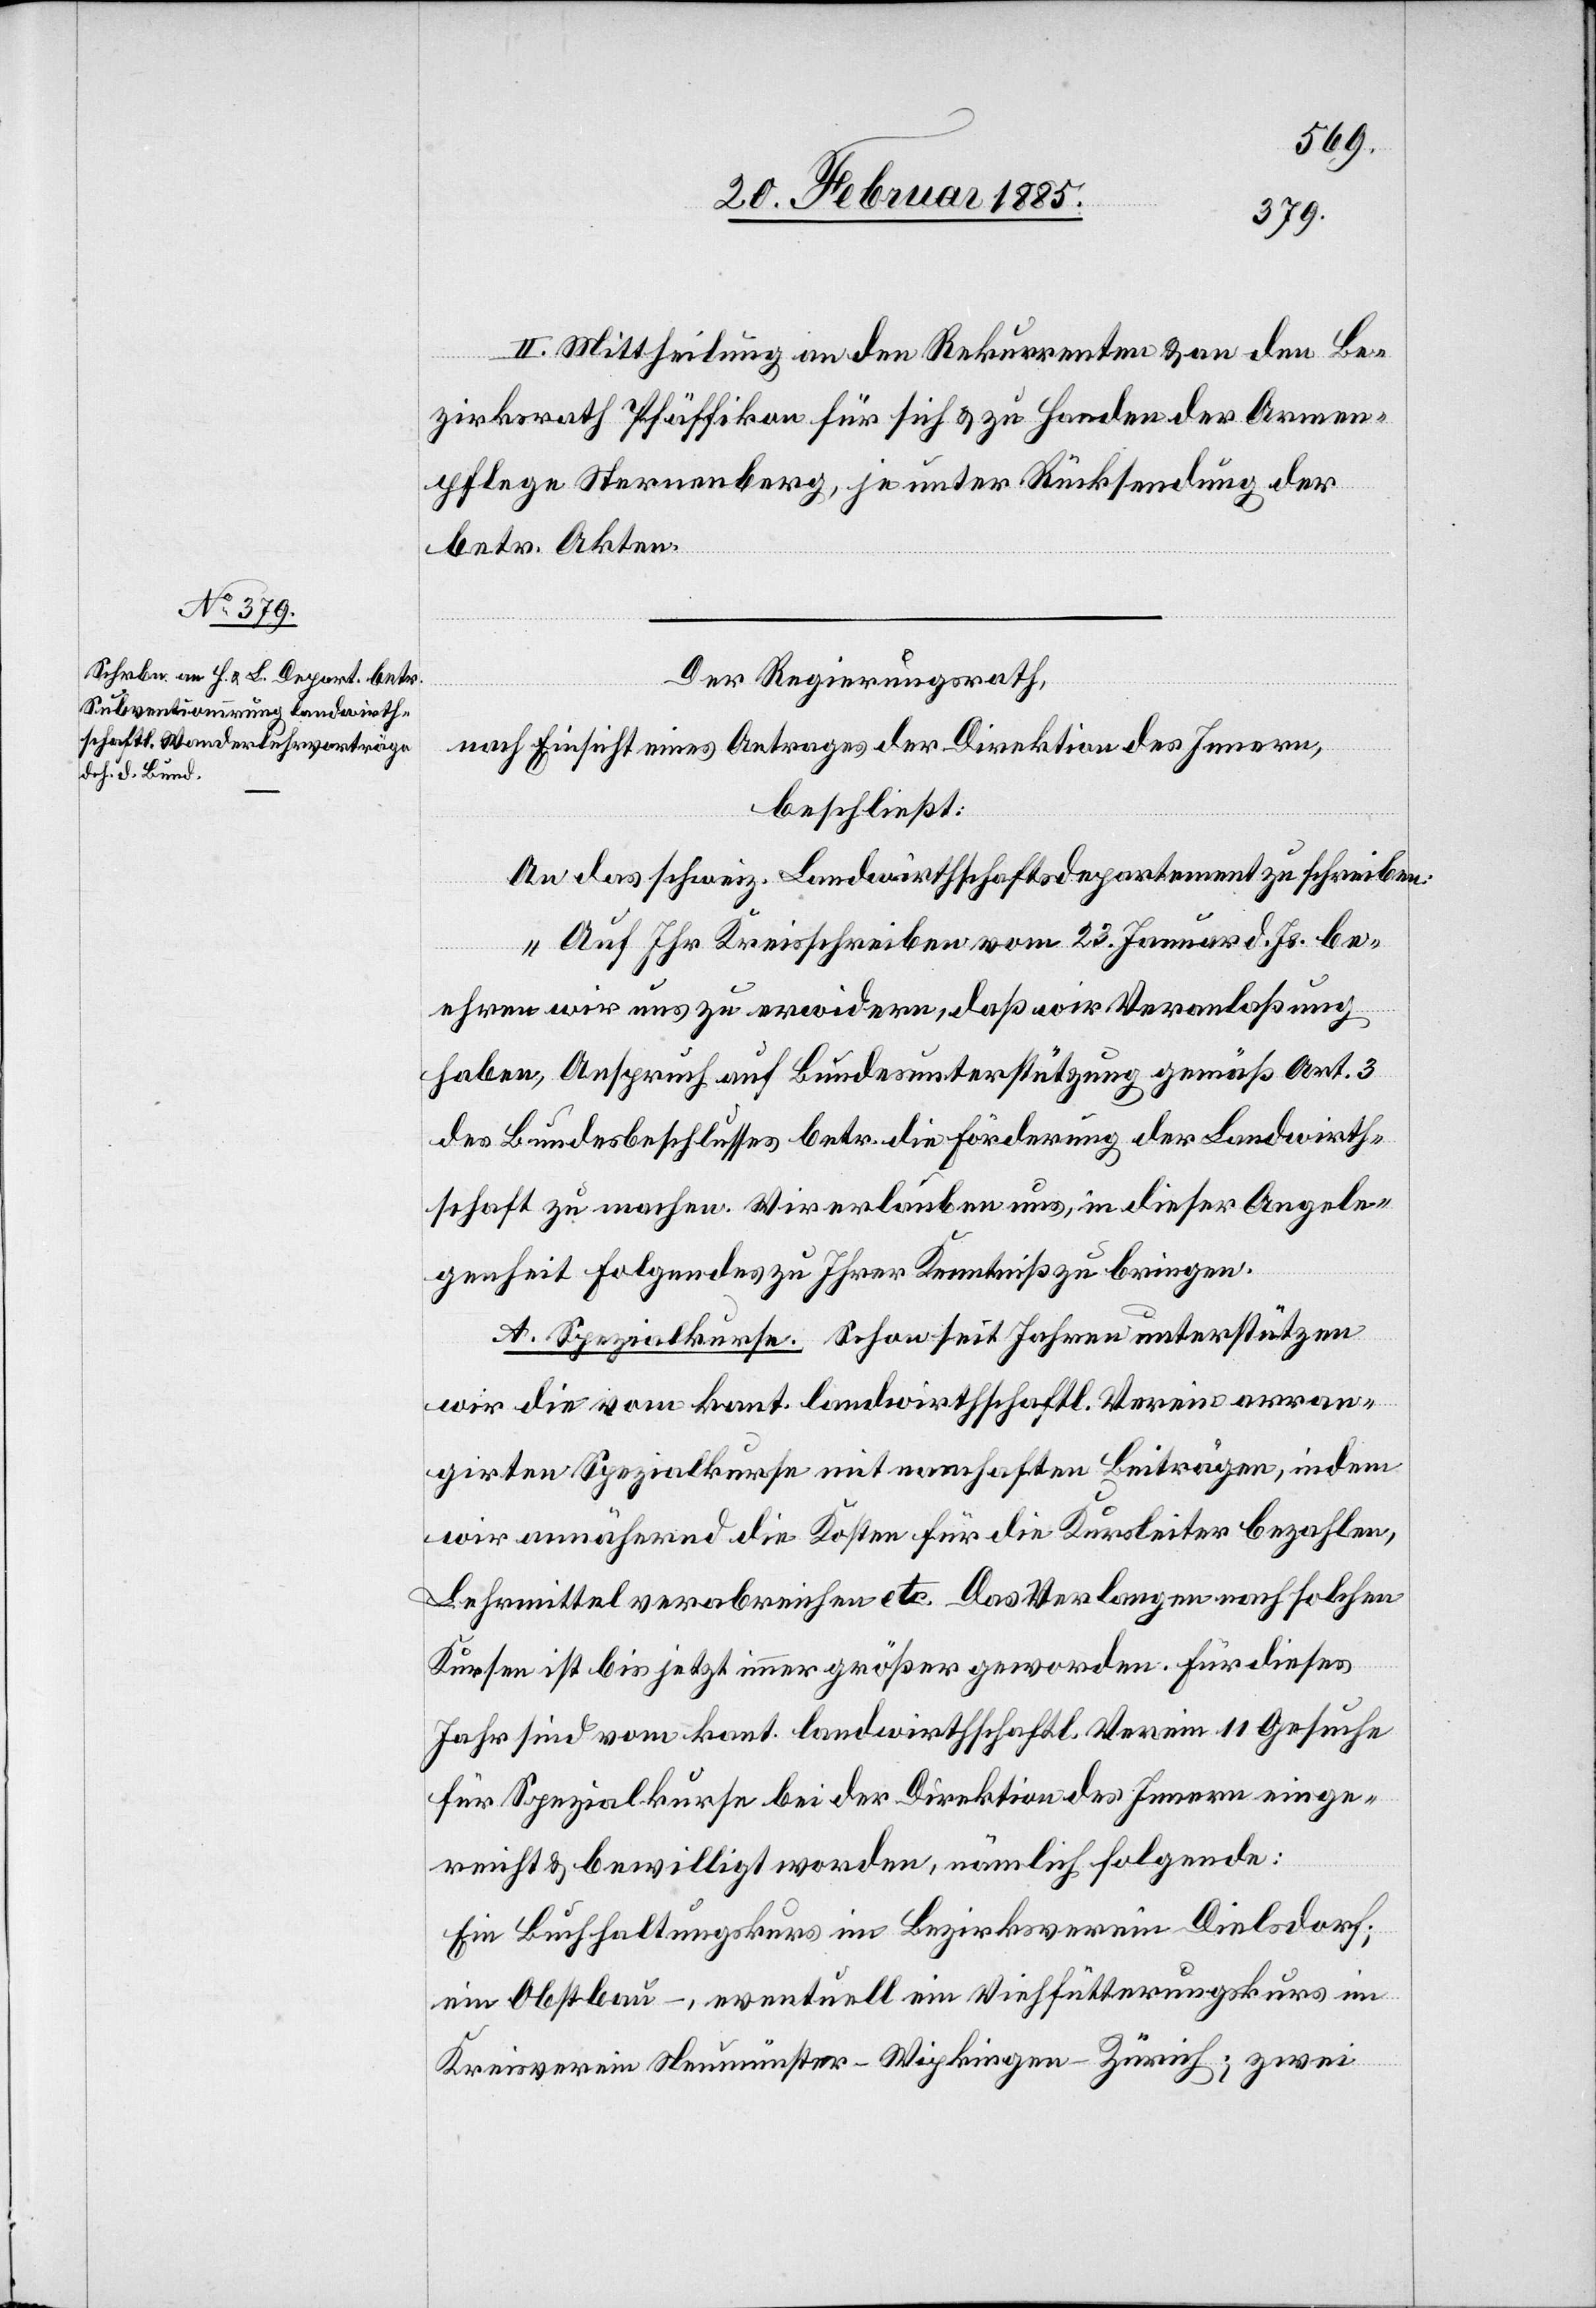
II. Mittheilung an den Rekurrenten & an den Be¬
zirksrath Pfäffikon für sich & zu Handen der Armen¬
pflege Sternenberg, je unter Rücksendung der
betr. Akten.
Der Regierungsrath,
nach Einsicht eines Antrages der Direktion des Innern,
beschließt:
An das schweiz. Landwirthschaftsdepartement zu schreiben:
„Auf Ihr Kreisschreiben vom 23. Januar d. Js. be¬
ehren wir uns zu erwidern, daß wir Veranlaßung
haben, Anspruch auf Bundesunterstützung gemäß Art. 3
des Bundesbeschlusses betr. die Förderung der Landwirth¬
schaft zu machen. Wir erlauben uns, in dieser Angele¬
genheit folgendes zu Ihrer Kenntniß zu bringen.
A. Spezialkurse. Schon seit Jahren unterstützen
wir die vom kant. landwirthschaftl. Verein arran¬
girten Spezialkurse mit namhaften Beiträgen, indem
wir annähernd die Kosten für die Kursleiter bezahlen,
Lehrmittel verabreichen etc. Das Verlangen nach solchen
Kursen ist bis jetzt immer größer geworden. Für dieses
Jahr sind vom kant. landwirthschaftl. Verein 11 Gesuche
für Spezialkurse bei der Direktion des Innern einge¬
reicht & bewilligt worden, nämlich folgende:
Ein Buchhaltungskurs im Bezirksverein Dielsdorf;
ein Obstbau-, eventuell ein Viehfütterungskurs im
Kreisverein Neumünster-Wipkingen-Zürich; zwei